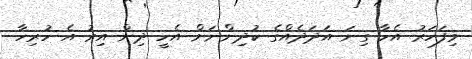
މިފަހަރު އެހާ ގިނަ އަދަދެއްގެ ކުދިންނަށް އެހީ ދިން އިރު އެ ހުރިހާ